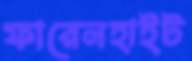
ফারেনহাইট